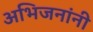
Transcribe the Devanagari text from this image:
अभिजनांनी